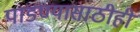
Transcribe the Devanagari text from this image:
पाडण्यासाठीही